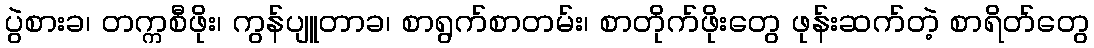
ပွဲစားခ၊ တက္ကစီဖိုး၊ ကွန်ပျူတာခ၊ စာရွက်စာတမ်း၊ စာတိုက်ဖိုးတွေ ဖုန်းဆက်တဲ့ စာရိတ်တွေ